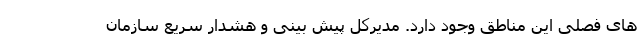
های فصلی این مناطق وجود دارد. مدیرکل پیش بینی و هشدار سریع سازمان